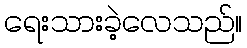
ရေးသားခဲ့လေသည်။